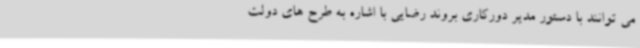
می توانند با دستور مدیر دورکاری بروند رضایی با اشاره به طرح های دولت